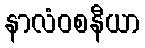
နာလံဝစနီယာ